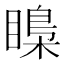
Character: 𥉼